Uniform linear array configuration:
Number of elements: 32
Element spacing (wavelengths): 0.25
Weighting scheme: exponential
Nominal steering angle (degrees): -15
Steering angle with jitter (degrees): -15.634
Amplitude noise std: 0.05
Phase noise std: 0.05

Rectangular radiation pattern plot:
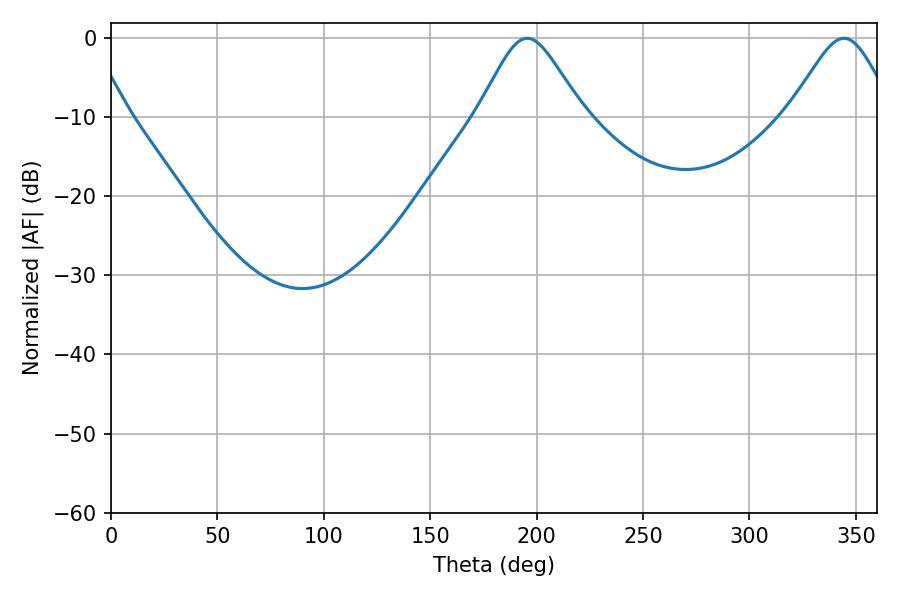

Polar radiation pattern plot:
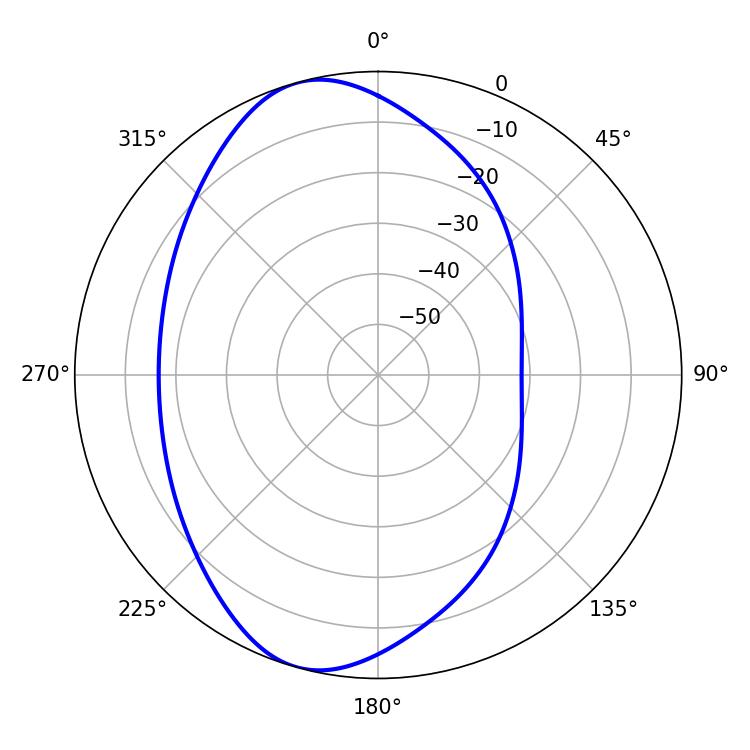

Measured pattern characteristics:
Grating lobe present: FALSE
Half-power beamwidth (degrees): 24.12
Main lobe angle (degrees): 195.66